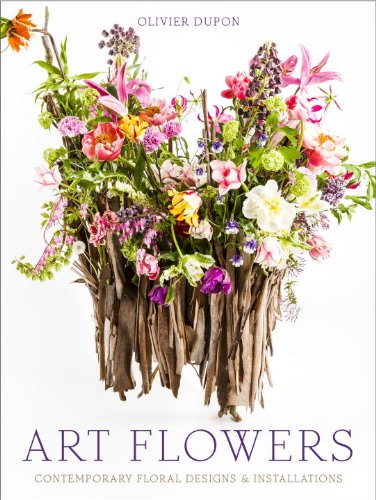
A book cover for Art Flowers: Contemporary Floral Designs and Installations; Olivier Dupon; Crafts, Hobbies & Home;